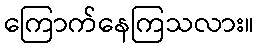
ကြောက်နေကြသလား။